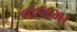
વાલમા